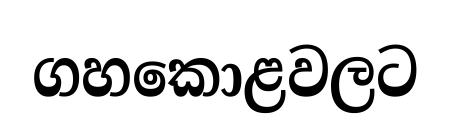
ගහකොළවලට